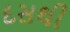
દસથી